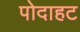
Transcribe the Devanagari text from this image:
पोदाहट